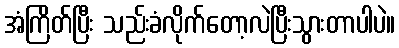
အံကြိတ်ပြီး သည်းခံလိုက်တော့လဲပြီးသွားတာပါပဲ။